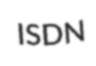
ISDN